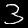
Label: 3